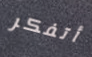
أتفكر